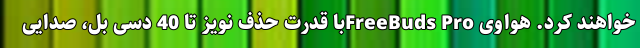
خواهند کرد. هواوی FreeBuds Proبا قدرت حذف نویز تا 40 دسی بل، صدایی